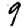
Digit: 9